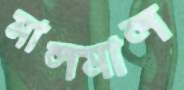
মালমাল